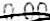
0.00